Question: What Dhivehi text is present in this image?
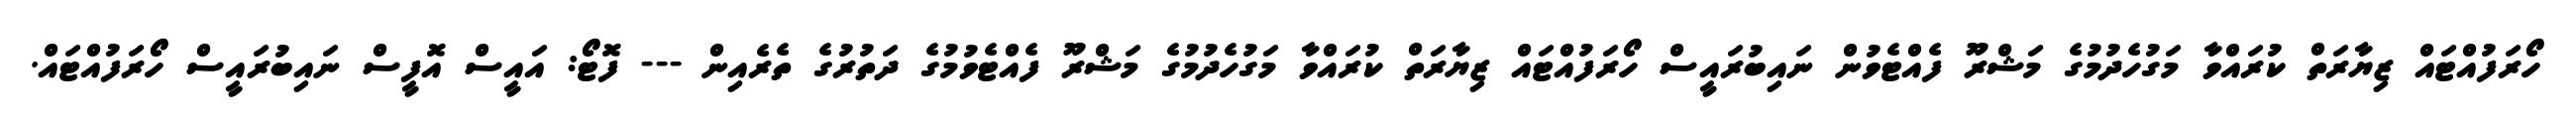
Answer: ހޯރަފުއްޓައް ޒިޔާރަތް ކުރައްވާ މަގުހެދުމުގެ މަޝްރޫ ފެއްޓެވުން ނައިބުރައީސް ހޯރަފުއްޓައް ޒިޔާރަތް ކުރައްވާ މަގުހެދުމުގެ މަޝްރޫ ފެއްޓެވުމުގެ ދަތުރުގެ ތެރެއިން --- ފޮޓޯ: އައީސް އޮފީސް ނައިބުރައީސް ހޯރަފުއްޓައް.